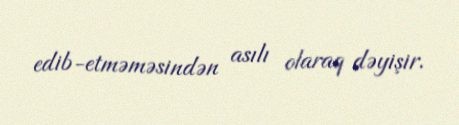
edib-etməməsindən asılı olaraq dəyişir.